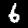
Digit: 6